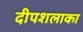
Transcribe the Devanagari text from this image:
दीपशलाका